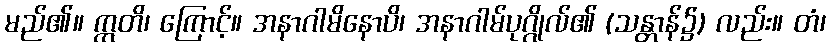
မည်၏။ ဣတိ၊ ကြောင့်။ အနာဂါမိနောပိ၊ အနာဂါမ်ပုဂ္ဂိုလ်၏ (သန္တာန်၌) လည်း။ တံ၊